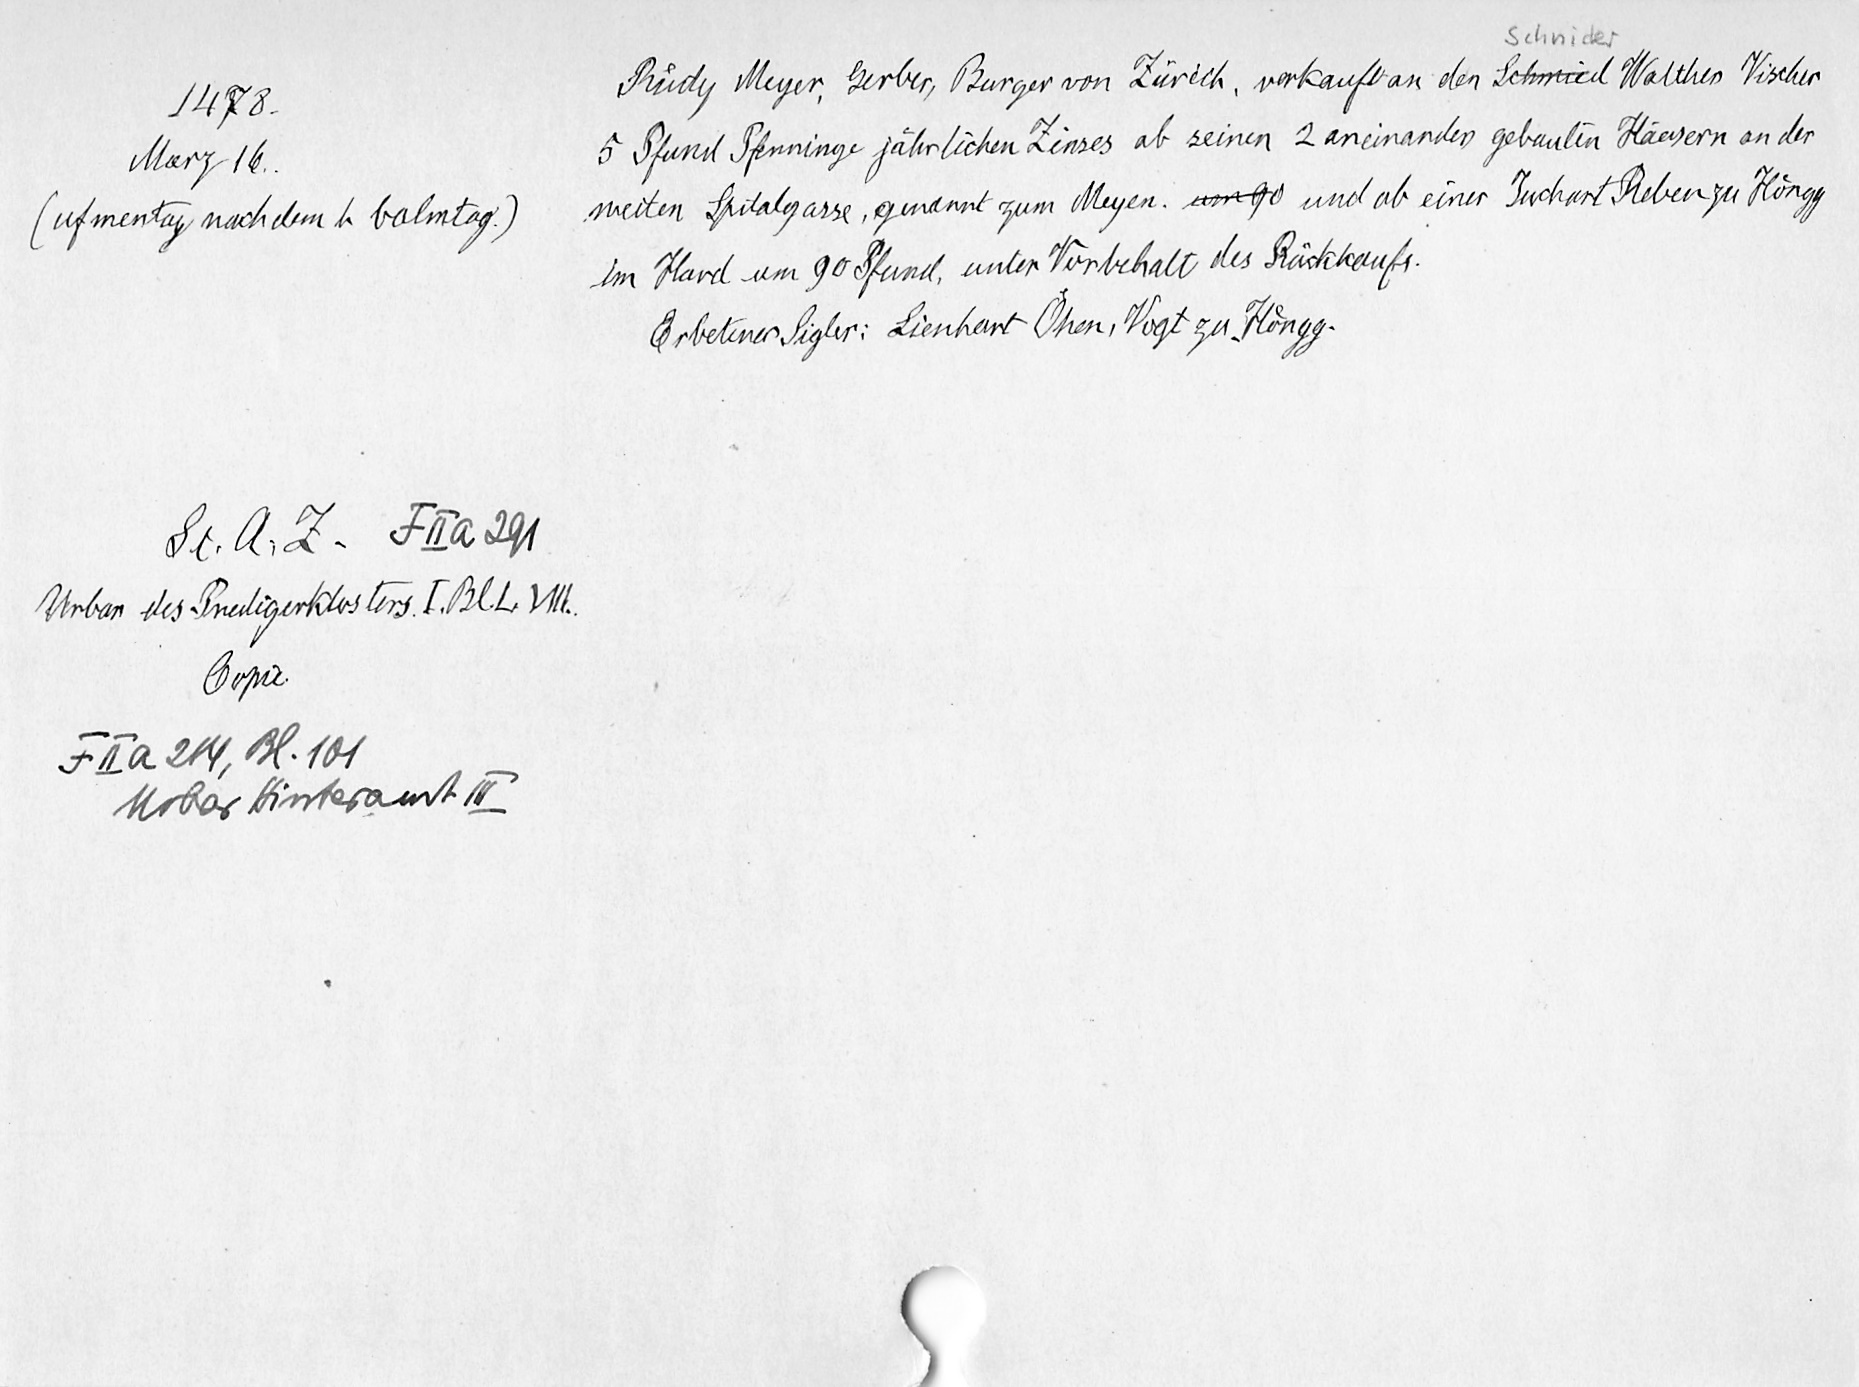
1478.
Marz 16.
(uf mentag nach dem h balmtag.)
St. A. Z. F II a 291
Urbar des Predigerklosters I. Bl. L. VIII.
Copie.
F II a 214, Bl. 101
Urbar Hinteramt III

Schnider
Ruͤdy Meyer, Gerber, Burger von Zürich, verkauft an den Schmied Walther Vischer
5 Pfund Pfenninge jaͤhrlichen Zinses ab seinen 2 aneinander gebauten Häusern an der
weiten Spitalgasse, genannt zum Meyen. um 90 und ab einer Juchart Reben zu Hoͤngg
im Hard um 90 Pfund, unter Vorbehalt des Rückkaufs.
Erbetener Sigler: Lienhart Oͤhen, Vogt zu Hoͤngg.